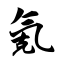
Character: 氪